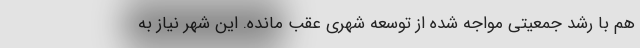
هم با رشد جمعیتی مواجه شده از توسعه شهری عقب مانده. این شهر نیاز به